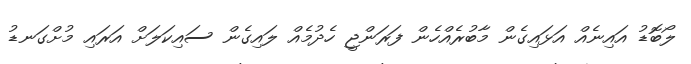
ލޯބޮޑު އައިނެއް އަޅައިގެން މާބުރެއްހެން ފަރަންޖީ ހެދުމެއް ލައިގެން ސައިކަލަށް އަރައި މުށްގަނޑު